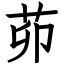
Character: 茆